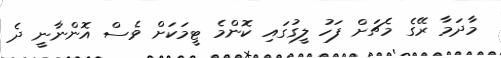
މާދަމާ ރޭގެ މެޗަށް ފަހު ލީގުގައި ކޮންމެ ޓީމަކަށް ވެސް އޮންނާނީ ދެ